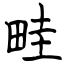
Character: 畦